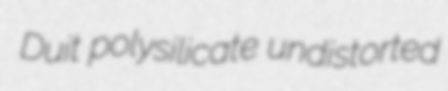
Duit polysilicate undistorted